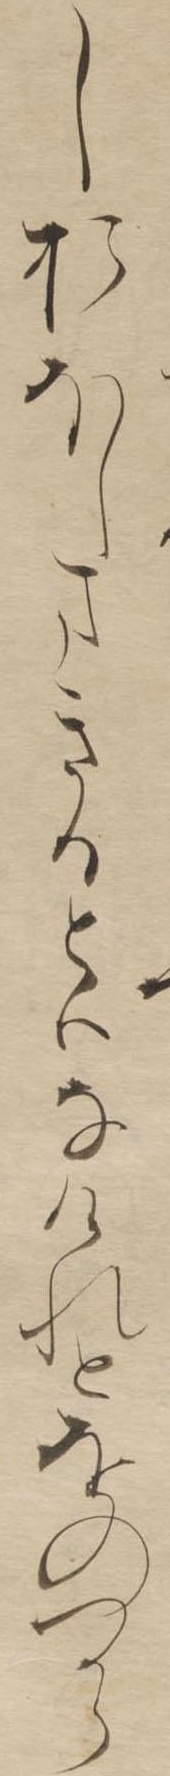
しおほしまきるとはなけれとをのつから